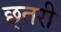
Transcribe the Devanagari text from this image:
छ्तरी